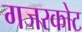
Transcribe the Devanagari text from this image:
गजरकोट